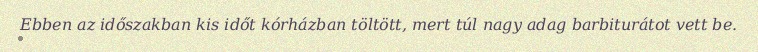
Ebben az időszakban kis időt kórházban töltött, mert túl nagy adag barbiturátot vett be.